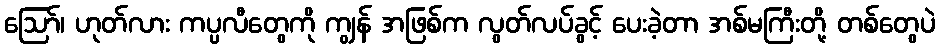
ဩော်၊ ဟုတ်လား ကပ္ပလီတွေကို ကျွန် အဖြစ်က လွတ်လပ်ခွင့် ပေးခဲ့တာ အစ်မကြီးတို့ တစ်တွေပဲ